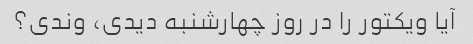
آیا ویکتور را در روز چهارشنبه دیدی، وندی؟